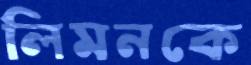
লিমনকে